Report on the Civil Veterinary Department, Eastern Bengal and Assam - 1907-1911
Year: 1907
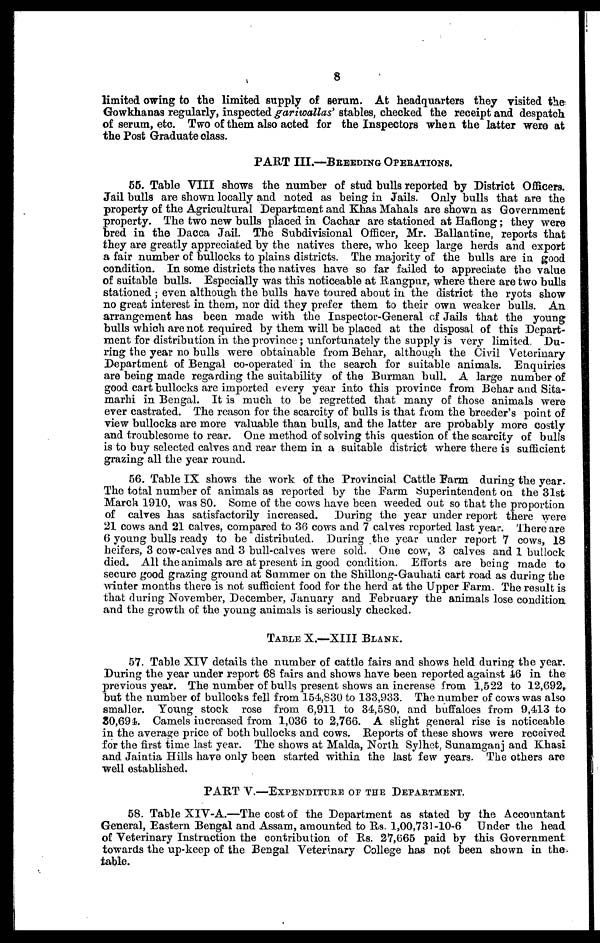
8
limited owing to the limited supply of serum. At headquarters they visited the
Gowkhanas regularly, inspected gariwallas' stables, checked the receipt and despatch
of serum, etc. Two of them also acted for the Inspectors when the latter were at
the Post Graduate class.
PART III.—BREEDING OPERATIONS.
55. Table VIII shows the number of stud bulls reported by District Officers.
Jail bulls are shown locally and noted as being in Jails. Only bulls that are the
property of the Agricultural Department and Khas Mahals are shown as Government
property. The two new bulls placed in Cachar are stationed at Haflong; they were
bred in the Dacca Jail. The Subdivisional Officer, Mr. Ballantine, reports that
they are greatly appreciated by the natives there, who keep large herds and export
a fair number of bullocks to plains districts. The majority of the bulls are in good
condition. In some districts the natives have so far failed to appreciate the value
of suitable bulls. Especially was this noticeable at Rangpur, where there are two bulls
stationed; even although the bulls have toured about in the district the ryots show
no great interest in them, nor did they prefer them to their own weaker bulls. An
arrangement has been made with the Inspector-General of Jails that the young
bulls which are not required by them will be placed at the disposal of this Depart-
ment for distribution in the province; unfortunately the supply is very limited. Du-
ring the year no bulls were obtainable from Behar, although the Civil Veterinary
Department of Bengal co-operated in the search for suitable animals. Enquiries
are being made regarding the suitability of the Burman bull. A large number of
good cart bullocks are imported every year into this province from Behar and Sita-
marhi in Bengal. It is muck to be regretted that many of those animals were
ever castrated. The reason for the scarcity of bulls is that from the breeder's point of
view bullocks are more valuable than bulls, and the latter are probably more costly
and troublesome to rear. One method of solving this question of the scarcity of bulls
is to buy selected calves and rear them in a suitable district where there is sufficient
grazing all the year round.
56. Table IX shows the work of the Provincial Cattle Farm during the year.
The total number of animals as reported by the Farm Superintendent on the 31st
March 1910, was 80. Some of the cows have been weeded out so that the proportion
of calves has satisfactorily increased. During the year under report there were
21 cows and 21 calves, compared to 36 cows and 7 calves reported last year. There are
6 young bulls ready to be distributed. During the year under report 7 cows, 18
heifers, 3 cow-calves and 3 bull-calves were sold. One cow, 3 calves and 1 bullock
died. All the animals are at present in good condition. Efforts are being made to
secure good grazing ground at Summer on the Shillong-Gauhati cart road as during the
winter months there is not sufficient food for the herd at the Upper Farm. The result is
that during November, December, January and February the animals lose condition
and the growth of the young animals is seriously checked.
TABLE X.—XIII BLANK.
57. Table XIV details the number of cattle fairs and shows held during the year.
During the year under report 68 fairs and shows have been reported against 46 in the
previous year. The number of bulls present shows an increase from 1,522 to 12,692,
but the number of bullocks fell from 154,830 to 133,933. The number of cows was also
smaller. Young stock rose from 6,911 to 34,580, and buffaloes from 9,413 to
S0,694. Camels increased from 1,036 to 2,766. A slight general rise is noticeable
in the average price of both bullocks and cows. Reports of these shows were received
for the first time last year. The shows at Malda, North Sylhet, Sunamganj and Khasi
and Jaintia Hills have only been started within the last few years. The others are
well established.
PART V.—EXPENDITURE OF THE DEPARTMENT.
58. Table XIV-A.—The cost of the Department as stated by the Accountant
General, Eastern Bengal and Assam, amounted to Rs. 1,00,731-10-6 Under the head
of Veterinary Instruction the contribution of Rs. 27,665 paid by this Government
towards the up-keep of the Bengal Veterinary College has not been shown in the
table.